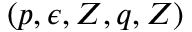
( p , \epsilon , Z , q , Z )